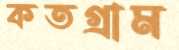
কতগ্রাম